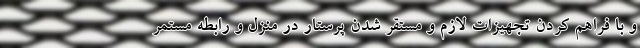
و با فراهم کردن تجهیزات لازم و مستقر شدن پرستار در منزل و رابطه مستمر